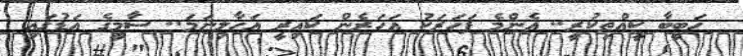
ހަބީބާ ކީއްތިކުރީ.. އެންމެ ފަހަރަކު އަހަރެން ކައިރީ އަހާލިނަމަ.. ސާމީގެ އަޑުގައި